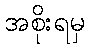
အစိုးရမှ